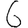
Digit: 6